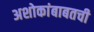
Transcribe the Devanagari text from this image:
अशोकांबाबतची